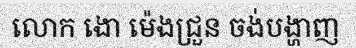
លោក ងោ ម៉េងជ្រួន ចង់បង្ហាញ